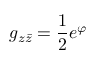
g _ { z \bar { z } } = \frac { 1 } { 2 } e ^ { \varphi }